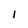
Character: I